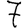
Digit: 7